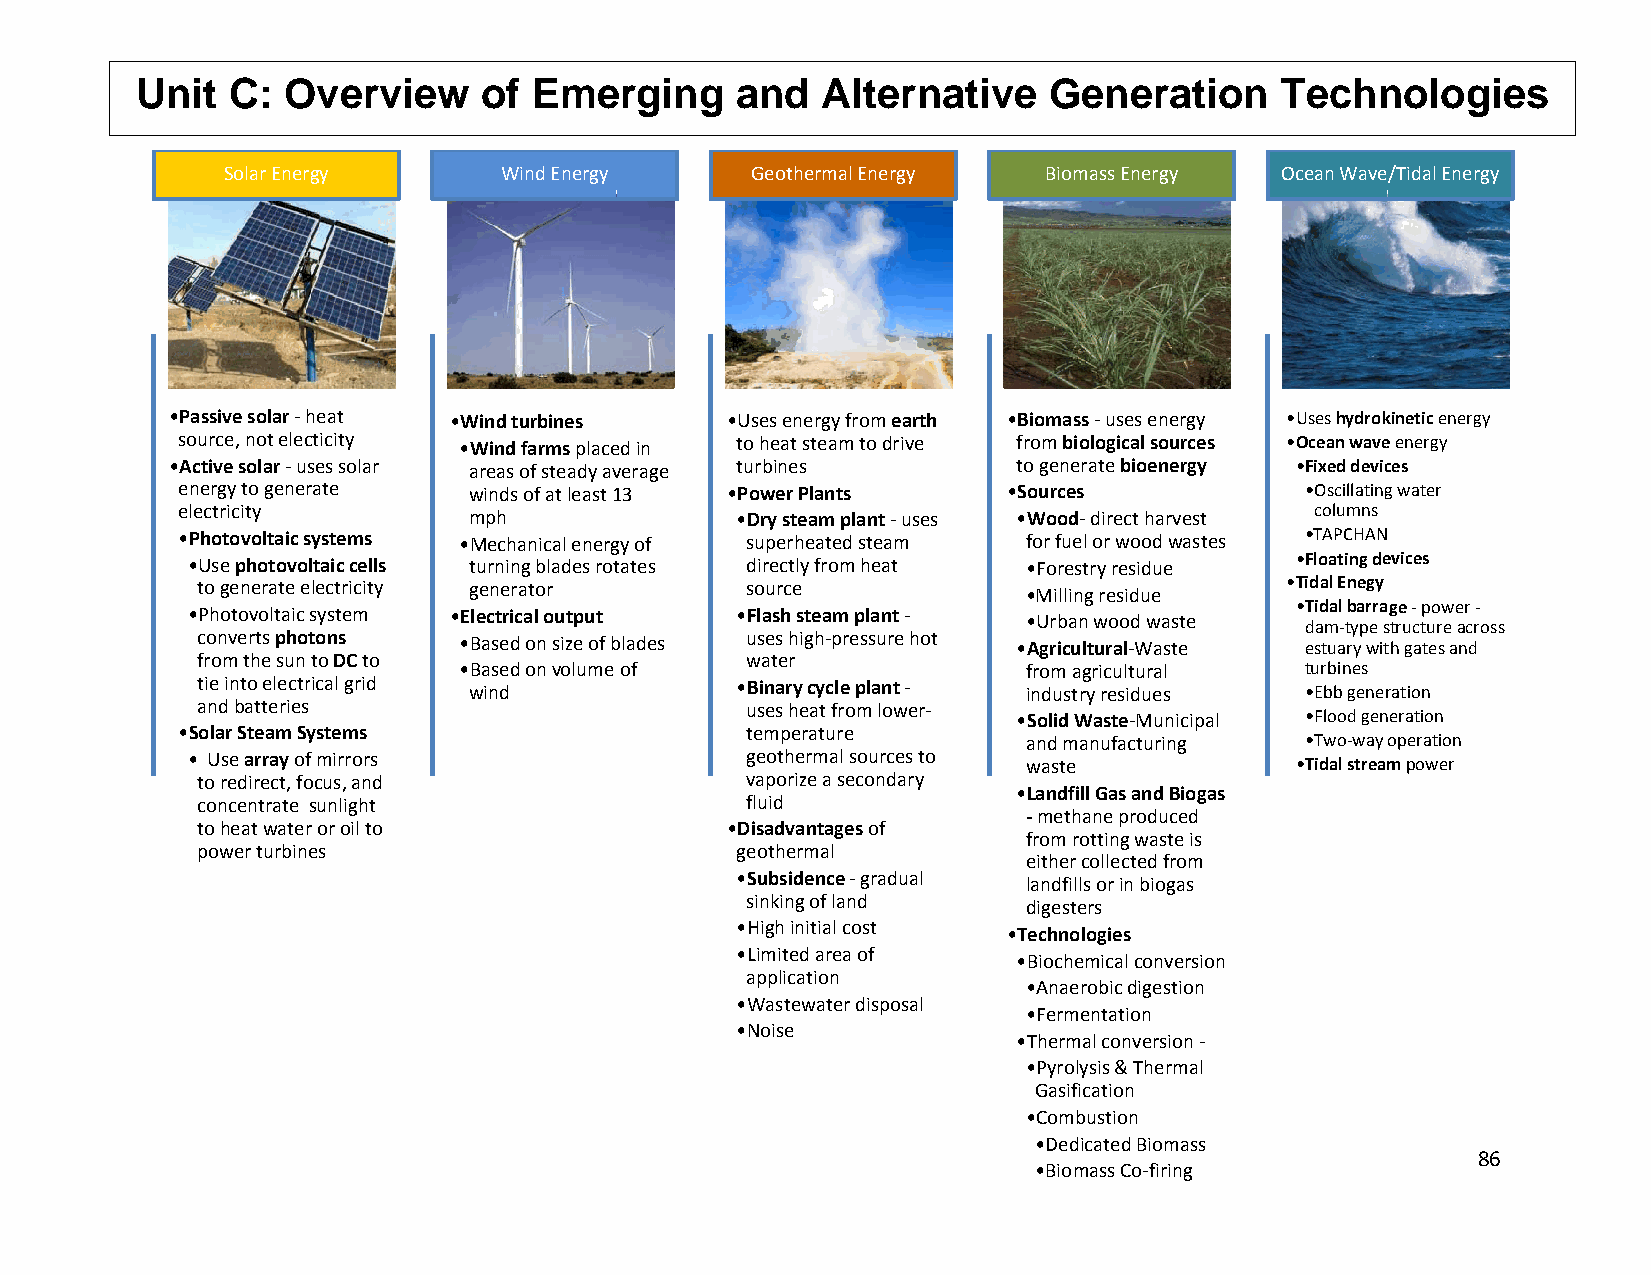
UU nit C: OOvervieww   of Emeerging     annd Alternnative   Generatioon     Technnologiess
 Solar Enerrgy     Wind Energy      Geeothermal Energy Biommass Energy Ocean Wave//Tidal Energy
 •Passive solar ‐hheat •WWind turbines •Usess energy from eartth •Biomasss ‐uses energy •Uses hydrokkineticenergy
 source, not eleccticity ••Wind farms placeed in to heeat steam to drive from bioological sources •Ocean wavee energy
 •Active solar‐usses solar areas of steady avverage turbbines to generate bioenergy •Fixed devicces
 energy to generrate winds of at least 113 •Powwer Plants •Sourcess        •Oscillatingg water
 electricity        mph               •Dryy steam plant ‐usees •Wood‐direct harvest columns
 •Photovoltaic ssystems ••Mechanical energgy of supperheated steam for fueel or wood wastes •TAPCHAN
 •Use photovoltaic cells turning blades rottates direectly from heat •Foresstry residue •Floating deevices
 to generate eelectricity generator  souurce            •Millinng residue •Tidal Enegy
 •Tidal barrage ‐power ‐
 •Photovoltaic system •EElectrical output •Flash steam plant ‐ •Urbann wood waste
 dam‐type sstructure across
 converts photons ••Based on size of bblades usees high‐pressure hoot •Agricuultural‐Waste estuary witth gates and
 from the sun to DCto                watter
 ••Based on volume of                  from aagricultural turbines
 tie into electrrical grid wind      •Binnary cycle plant ‐ industry residues •Ebb generration
 and batteriess                      usees heat from lower‐
 •Solid WWaste‐Municipal •Flood generation
 •Solar Steam Syystems                temmperature
 and manufacturing •Two‐way operation
 • Use arrayoff mirrors               geoothermal sources to waste         •Tidal streamm power
 to redirect, foocus, and            vapporize a secondary
 •Landfill Gas and Biogas
 concentrate sunlight                fluiid
 ‐methhane produced
 to heat waterr or oil to           •Disaadvantagesof
 from rotting waste is
 power turbines                      geotthermal
 either collected from
 •Subbsidence‐gradual
 landfills or in biogas
 sinking of land
 digesteers
 •Higgh initial cost
 •Technoologies
 •Limmited area of
 •Biocheemical conversion
 appplication
 •Anaerobic digestion
 •Waastewater disposal
 •Fermentation
 •Noise
 •Thermmal conversion ‐
 •Pyrolysis & Thermal
 Gasifiication
 •Combbustion
 •Dedicated Biomass
 86
 •Biommass Co‐firing